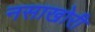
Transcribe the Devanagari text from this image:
नसाखोरी